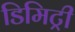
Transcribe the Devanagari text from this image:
डिमिट्री